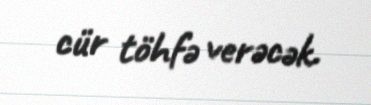
cür töhfə verəcək.